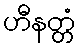
ဟီနတ္တံ